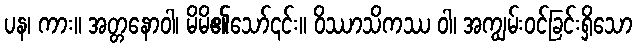
ပန၊ ကား။ အတ္တနောဝါ၊ မိမိ၏သော်၎င်း။ ဝိဿာသိကဿ ဝါ၊ အကျွမ်းဝင်ခြင်းရှိသော